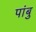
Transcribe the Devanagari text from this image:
पांबु